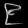
Digit: ၉